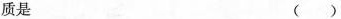
质是 ()